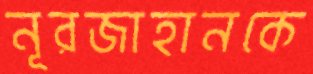
নূরজাহানকে